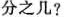
分之几?